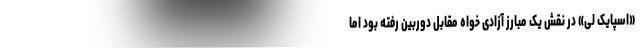
«اسپایک لی» در نقش یک مبارز آزادی خواه مقابل دوربین رفته بود اما